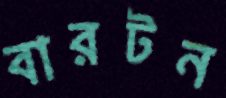
বারটন